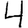
Digit: 4